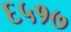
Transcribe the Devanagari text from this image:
६५१७